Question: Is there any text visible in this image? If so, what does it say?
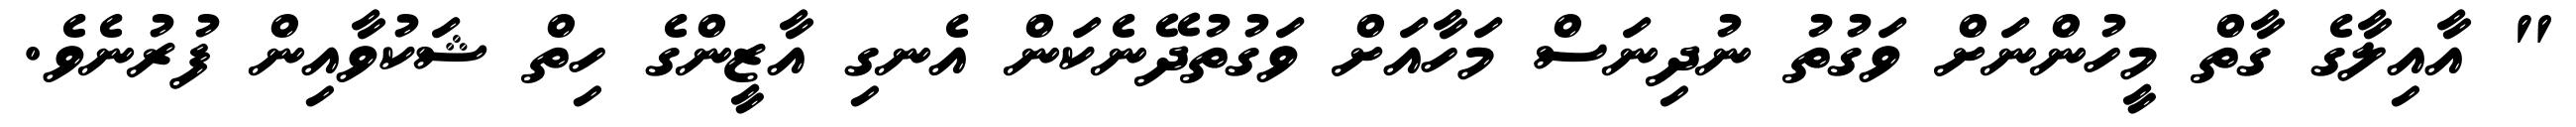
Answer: " އާއިލާގެ ގާތް މީހުންނަށް ވަގުތު ނުދިނަސް މަހާއަށް ވަގުތުދޭނެކަން އެނގި އާޒީންގެ ހިތް ޝަކުވާއިން ފުރުނެވެ.